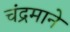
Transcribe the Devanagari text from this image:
चंद्रमाने